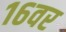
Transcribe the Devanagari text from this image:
१६वर